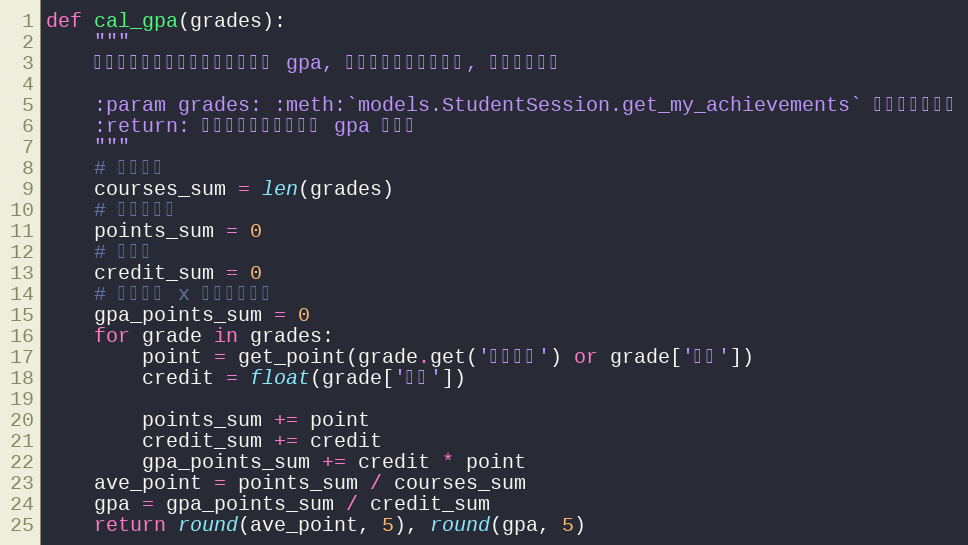
Language: Python
def cal_gpa(grades):
    """
    根据成绩数组计算课程平均绩点和 gpa, 算法不一定与学校一致, 结果仅供参考

    :param grades: :meth:`models.StudentSession.get_my_achievements` 返回的成绩数组
    :return: 包含了课程平均绩点和 gpa 的元组
    """
    # 课程总数
    courses_sum = len(grades)
    # 课程绩点和
    points_sum = 0
    # 学分和
    credit_sum = 0
    # 课程学分 x 课程绩点之和
    gpa_points_sum = 0
    for grade in grades:
        point = get_point(grade.get('补考成绩') or grade['成绩'])
        credit = float(grade['学分'])

        points_sum += point
        credit_sum += credit
        gpa_points_sum += credit * point
    ave_point = points_sum / courses_sum
    gpa = gpa_points_sum / credit_sum
    return round(ave_point, 5), round(gpa, 5)